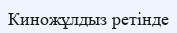
Киножұлдыз ретінде